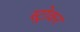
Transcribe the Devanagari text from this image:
स्ट्रोकर